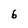
Character: 6